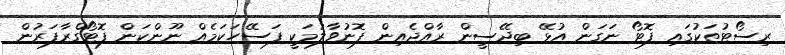
ރިސޯޓުތަކުގައި ފޮޓޯ ނަގަން އުޅޭ ބިދޭސީން ރާއްޖެއިން ފޮނުވާލުމަކީ ފަސޭހަކަމެއް ނޫންކަން ފޮޓޯގްރާފަރުން